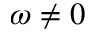
\omega \neq 0